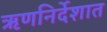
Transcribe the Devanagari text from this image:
ऋणनिर्देशात